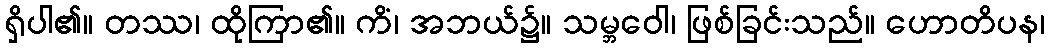
ရှိပါ၏။ တဿ၊ ထိုကြာ၏။ ကိံ၊ အဘယ်၌။ သမ္ဘဝေါ၊ ဖြစ်ခြင်းသည်။ ဟောတိပန၊